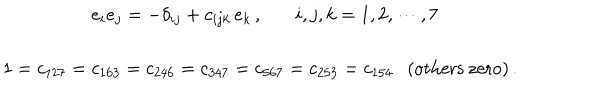
\begin{array} { c } { { ~ ~ e _ { i } e _ { j } = - \delta _ { i j } + c _ { i j k } \, e _ { k } \, , ~ { i , j , k = 1 , 2 , \cdots , 7 } } } \\ { { { } } } \\ { { 1 = c _ { 1 2 7 } = c _ { 1 6 3 } = c _ { 2 4 6 } = c _ { 3 4 7 } = c _ { 5 6 7 } = c _ { 2 5 3 } = c _ { 1 5 4 } \mathrm { ( o t h e r s ~ z e r o ) } \, . } } \\ \end{array}